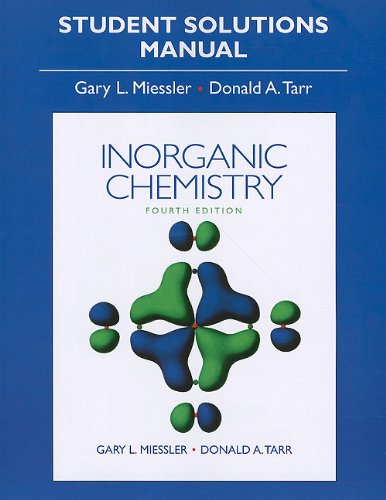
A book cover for Solution Manual for Inorganic Chemistry; Gary Miessler; Science & Math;